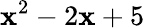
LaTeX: \mathbf{x}^{2}-2\mathbf{x}+5